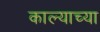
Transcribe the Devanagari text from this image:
काल्याच्या